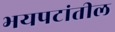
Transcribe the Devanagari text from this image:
भयपटांतील